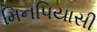
મિનપિયાસી